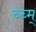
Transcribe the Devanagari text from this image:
च्च्म्